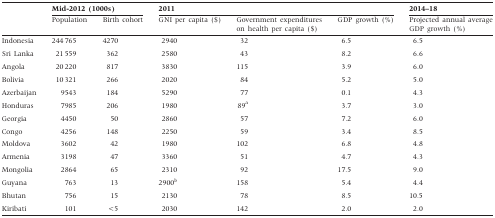
|  | <COLSPAN=2> Mid-2012 (1000s) | <COLSPAN=3> 2011 | 2014–18 |
 |  | Population | Birth cohort | GNI per capita ($) | Government expenditures on health per capita ($) | GDP growth (%) | Projected annual average GDP growth (%) |
 | --- | --- | --- | --- | --- | --- | --- |
 | Indonesia | 244 765 | 4270 | 2940 | 32 | 6.5 | 6.5 |
 | Sri Lanka | 21 559 | 362 | 2580 | 43 | 8.2 | 6.6 |
 | Angola | 20 220 | 817 | 3830 | 115 | 3.9 | 6.0 |
 | Bolivia | 10 321 | 266 | 2020 | 84 | 5.2 | 5.0 |
 | Azerbaijan | 9543 | 184 | 5290 | 77 | 0.1 | 4.3 |
 | Honduras | 7985 | 206 | 1980 | 89a | 3.7 | 3.0 |
 | Georgia | 4450 | 50 | 2860 | 57 | 7.2 | 6.0 |
 | Congo | 4256 | 148 | 2250 | 59 | 3.4 | 8.5 |
 | Moldova | 3602 | 42 | 1980 | 102 | 6.8 | 4.8 |
 | Armenia | 3198 | 47 | 3360 | 51 | 4.7 | 4.3 |
 | Mongolia | 2864 | 65 | 2310 | 92 | 17.5 | 9.0 |
 | Guyana | 763 | 13 | 2900b | 158 | 5.4 | 4.4 |
 | Bhutan | 756 | 15 | 2130 | 78 | 8.5 | 10.5 |
 | Kiribati | 101 | <5 | 2030 | 142 | 2.0 | 2.0 |